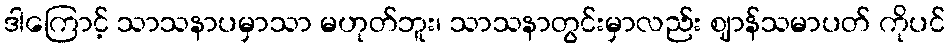
ဒါကြောင့် သာသနာပမှာသာ မဟုတ်ဘူး၊ သာသနာတွင်းမှာလည်း ဈာန်သမာပတ် ကိုပင်